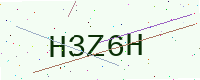
Text: H3Z6H